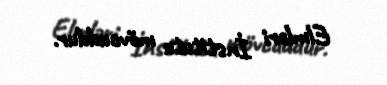
Elmləri İnstitutu mövcuddur.